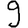
Digit: 9